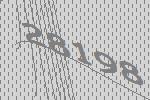
28198